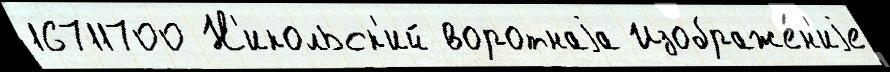
16711700 Н'икольск'ий воротнаjа Изображе́н'иjе